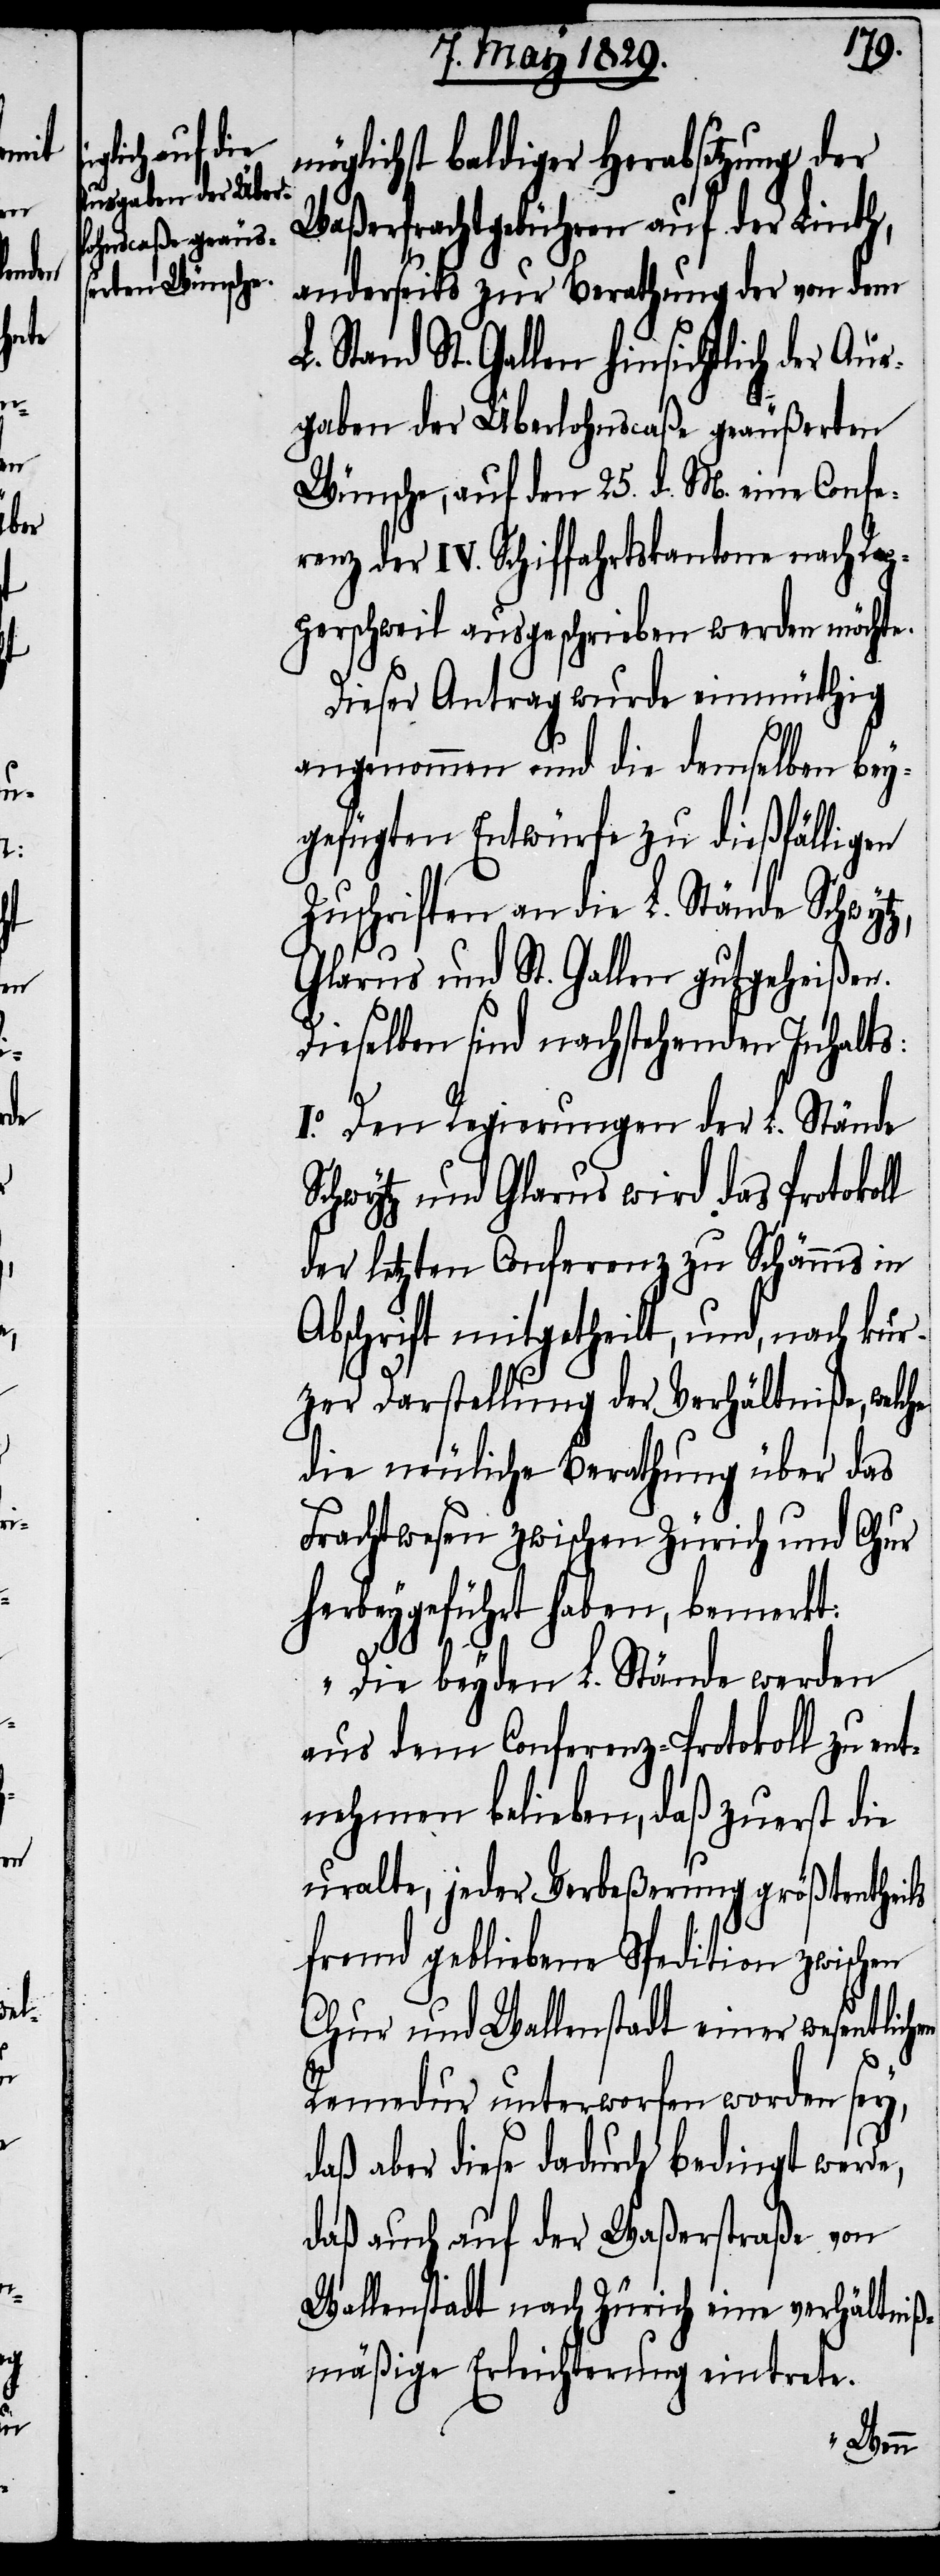
hen

möglichst baldiger Herabsetzung der
Waßerfrachtgebühren auf der Linth,
anderseits zur Berathung der von dem
Stand St. Gallen hinsichtlich der Aus¬
gaben der Überlohnscaße geäußerten
Wünsche, auf den 25. d. M. eine Confe¬
renz der IV. Schiffahrtskantone nach Rap¬
perschweil ausgeschrieben werden möchte.
Dieser Antrag wurde einmüthig
angenommen und die demselben bey¬
gefügten Entwürfe zu dießfälligen
Zuschriften an die L. Stände Schwytz,
Glarus und St. Gallen gutgeheißen.
Dieselben sind nachstehenden Inhalts:
I.o Den Regierungen der L. Stände
Schwytz und Glarus wird das Protokoll
der letzten Conferenz zu Schännis in
Abschrift mitgetheilt, und, nach kur¬
zer Darstellung der Verhältniße, welche
die neuliche Berathung über das
Frachtwesen zwischen Zürich und Chur
herbeygeführt haben, bemerkt:
„Die beyden L. Stände werden
aus dem Conferenz-Protokoll zu e¬
ntnehmen belieben, daß zuerst die
uralte, jeder Verbeßerung größtentheils
fremd gebliebene Spedition zwischen
Chur und Wallenstadt einer wesentlic¬
Remedur unterworfen worden sey,
daß aber diese dadurch bedingt werde,
daß auch auf der Waßerstraße von
Wallenstadt nach Zürich eine verhältniß¬
mäßige Erleichterung eintrete.